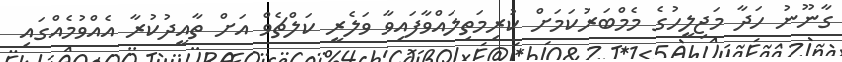
ގާނޫނު ހަދާ މަޖިލީހުގެ މެމްބަރުކަމަށް ކުރިމަތިލައްވާފައިވާ ވަލެރީ ކަލްޗެވް އަށް ތާއީދުކުރާ އެއްވުމެއްގައި